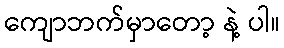
ကျောဘက်မှာတော့ နဲ့ ပါ။